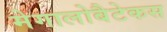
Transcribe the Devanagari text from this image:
मेगालोबैटेकस